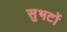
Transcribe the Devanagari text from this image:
सुभटों